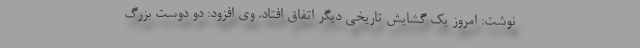
نوشت: امروز یک گشایش تاریخی دیگر اتفاق افتاد. وی افزود: دو دوست بزرگ